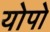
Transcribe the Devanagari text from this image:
योपो